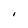
Character: I